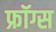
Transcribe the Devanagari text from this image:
फ्रॉग्स